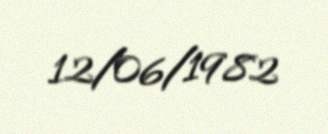
12/06/1982